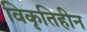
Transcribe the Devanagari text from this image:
विकृतिहीन